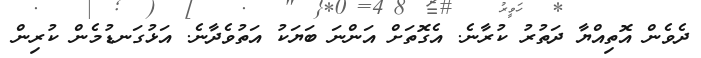
ދެވެން އޮތިއްޔާ ދަތުރު ކުރާނެ. އެގޮތަށް އަންނަ ބަޔަކު އަތުވެދާނެ. އަޅުގަނޑުމެން ކުރިން